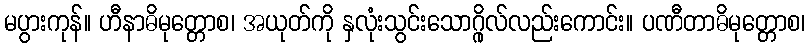
မပွားကုန်။ ဟီနာဓိမုတ္တောစ၊ အယုတ်ကို နှလုံးသွင်းသောဂ္ဂိုလ်လည်းကောင်း။ ပဏီတာဓိမုတ္တောစ၊